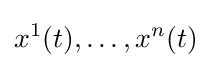
x^{1}(t),\ldots ,x^{n}(t)